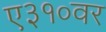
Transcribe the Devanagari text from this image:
ए३१०वर